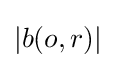
\textstyle |b(o,r)|